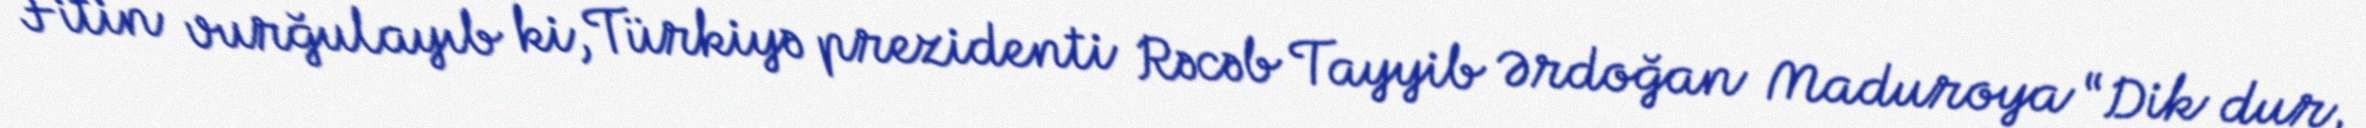
Fitin vurğulayıb ki, Türkiyə prezidenti Rəcəb Tayyib Ərdoğan Maduroya “Dik dur,